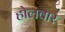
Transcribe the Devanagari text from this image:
होलवार